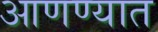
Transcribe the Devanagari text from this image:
आणण्यात